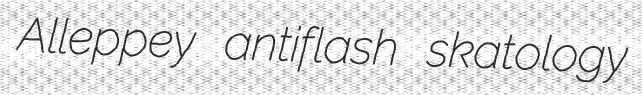
Alleppey antiflash skatology